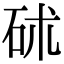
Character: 𥑡